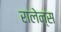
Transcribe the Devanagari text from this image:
रालेन्स